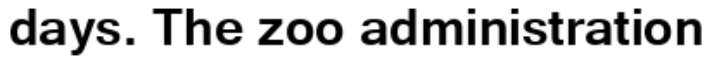
days. The zoo administration